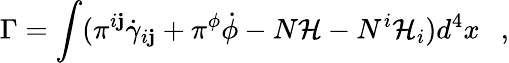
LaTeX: \Gamma=\int(\pi^{i\mathbf{j}}\dot{{\gamma}}_{i\mathbf{j}}+\pi^{\phi}\dot{{\phi}}-N{\mathcal{{H}}}-N^{i}{\mathcal{{H}}}_{i})d^{4}x~~~,